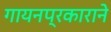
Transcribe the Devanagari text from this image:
गायनप्रकाराने